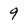
Character: 9